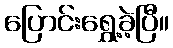
ပြောင်းရွှေ့ခဲ့ပြီ။